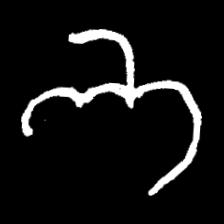
Pyu character \u2014 Myanmar letter: ဘ (romanized: bha)